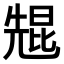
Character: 𫤠